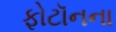
ફોટૉનના